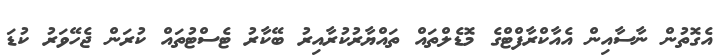
އެގޮތުން ނާސާއިން އެއާކްރާފްޓްގެ މޮޑެލްތައް ތައްޔާރުކުރާއިރު ބޭކާރު ޓެސްޓުތައް ކުރަން ޖެހޭވަރު ކުޑަ